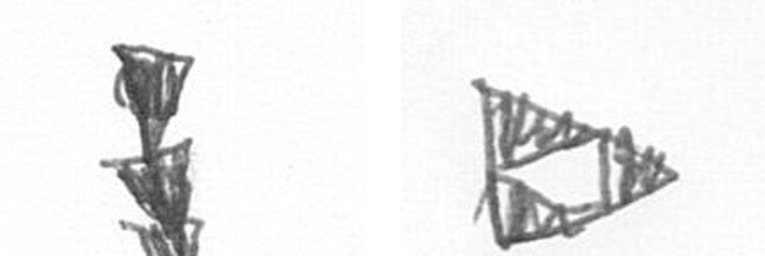
E K